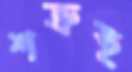
শত্রুই